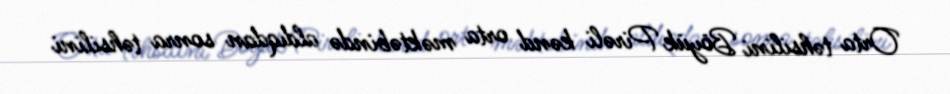
Orta təhsilini Böyük Pirəli kənd orta məktəbində aldıqdan sonra təhsilini